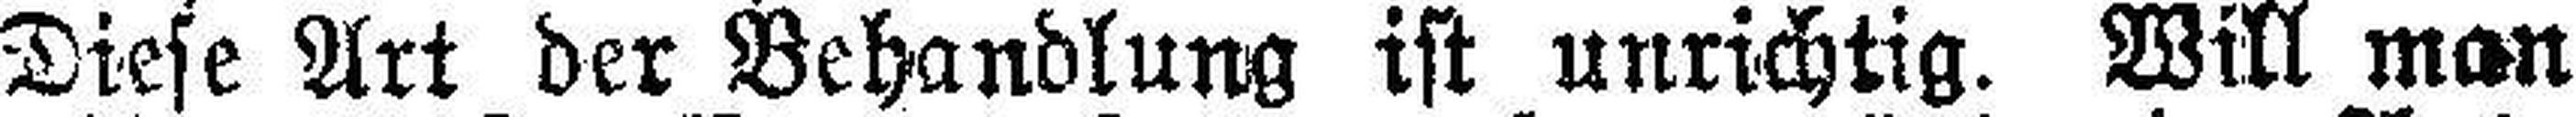
Diese Art der Behandlung ist unrichtig. Will man